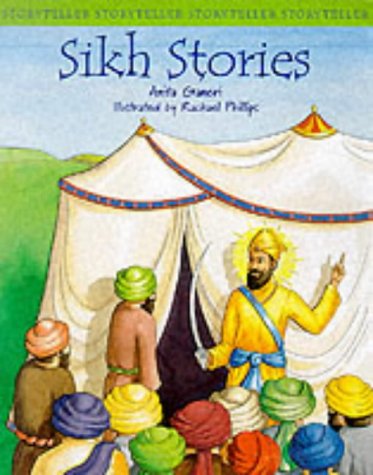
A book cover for Sikh Stories (Storyteller); Anita Ganeri; Teen & Young Adult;